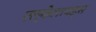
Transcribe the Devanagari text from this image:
एल्केलायड्स